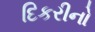
દિકરીનો